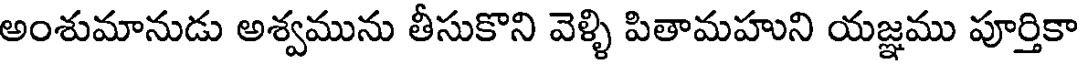
అంశుమానుడు అశ్వమును తీసుకొని వెళ్ళి పితామహుని యజ్ఞము పూర్తికా